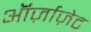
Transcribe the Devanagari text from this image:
ऑर्ज़ाज़ेट